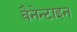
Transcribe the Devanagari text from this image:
बैनेन्टाइन